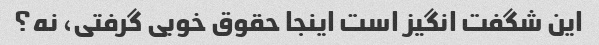
این شگفت انگیز است اینجا حقوق خوبی گرفتی، نه؟